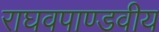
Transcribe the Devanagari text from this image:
राघवपाण्डवीय